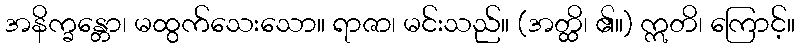
အနိက္ခန္တော၊ မထွက်သေးသော။ ရာဇာ၊ မင်းသည်။ (အတ္ထိ၊ ၏။) ဣတိ၊ ကြောင့်။